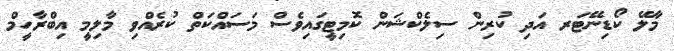
މާލޭ ކޯޑިނޭޓަރ އަދި ކުރިން ސިލެކްޝަން ކޮމިޓީގައިވެސް މަސައްކަތް ކުރެއްވި މާލިމީ އިބްރާހީމް